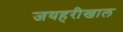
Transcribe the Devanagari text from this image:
जयहरीखाल